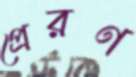
প্রেরণ